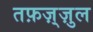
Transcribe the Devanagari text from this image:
तफ़ज़्ज़ुल